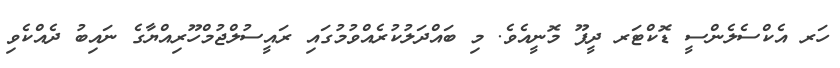
ހަރ އެކްސެލެންސީ ޑޮކްޓަރ ދީޕޫ މޮނީއެވެ. މި ބައްދަލުކުރެއްވުމުގައި ރައީސުލްޖުމްހޫރިއްޔާގެ ނައިބު ދެއްކެވި